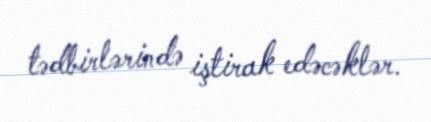
tədbirlərində iştirak edəcəklər.